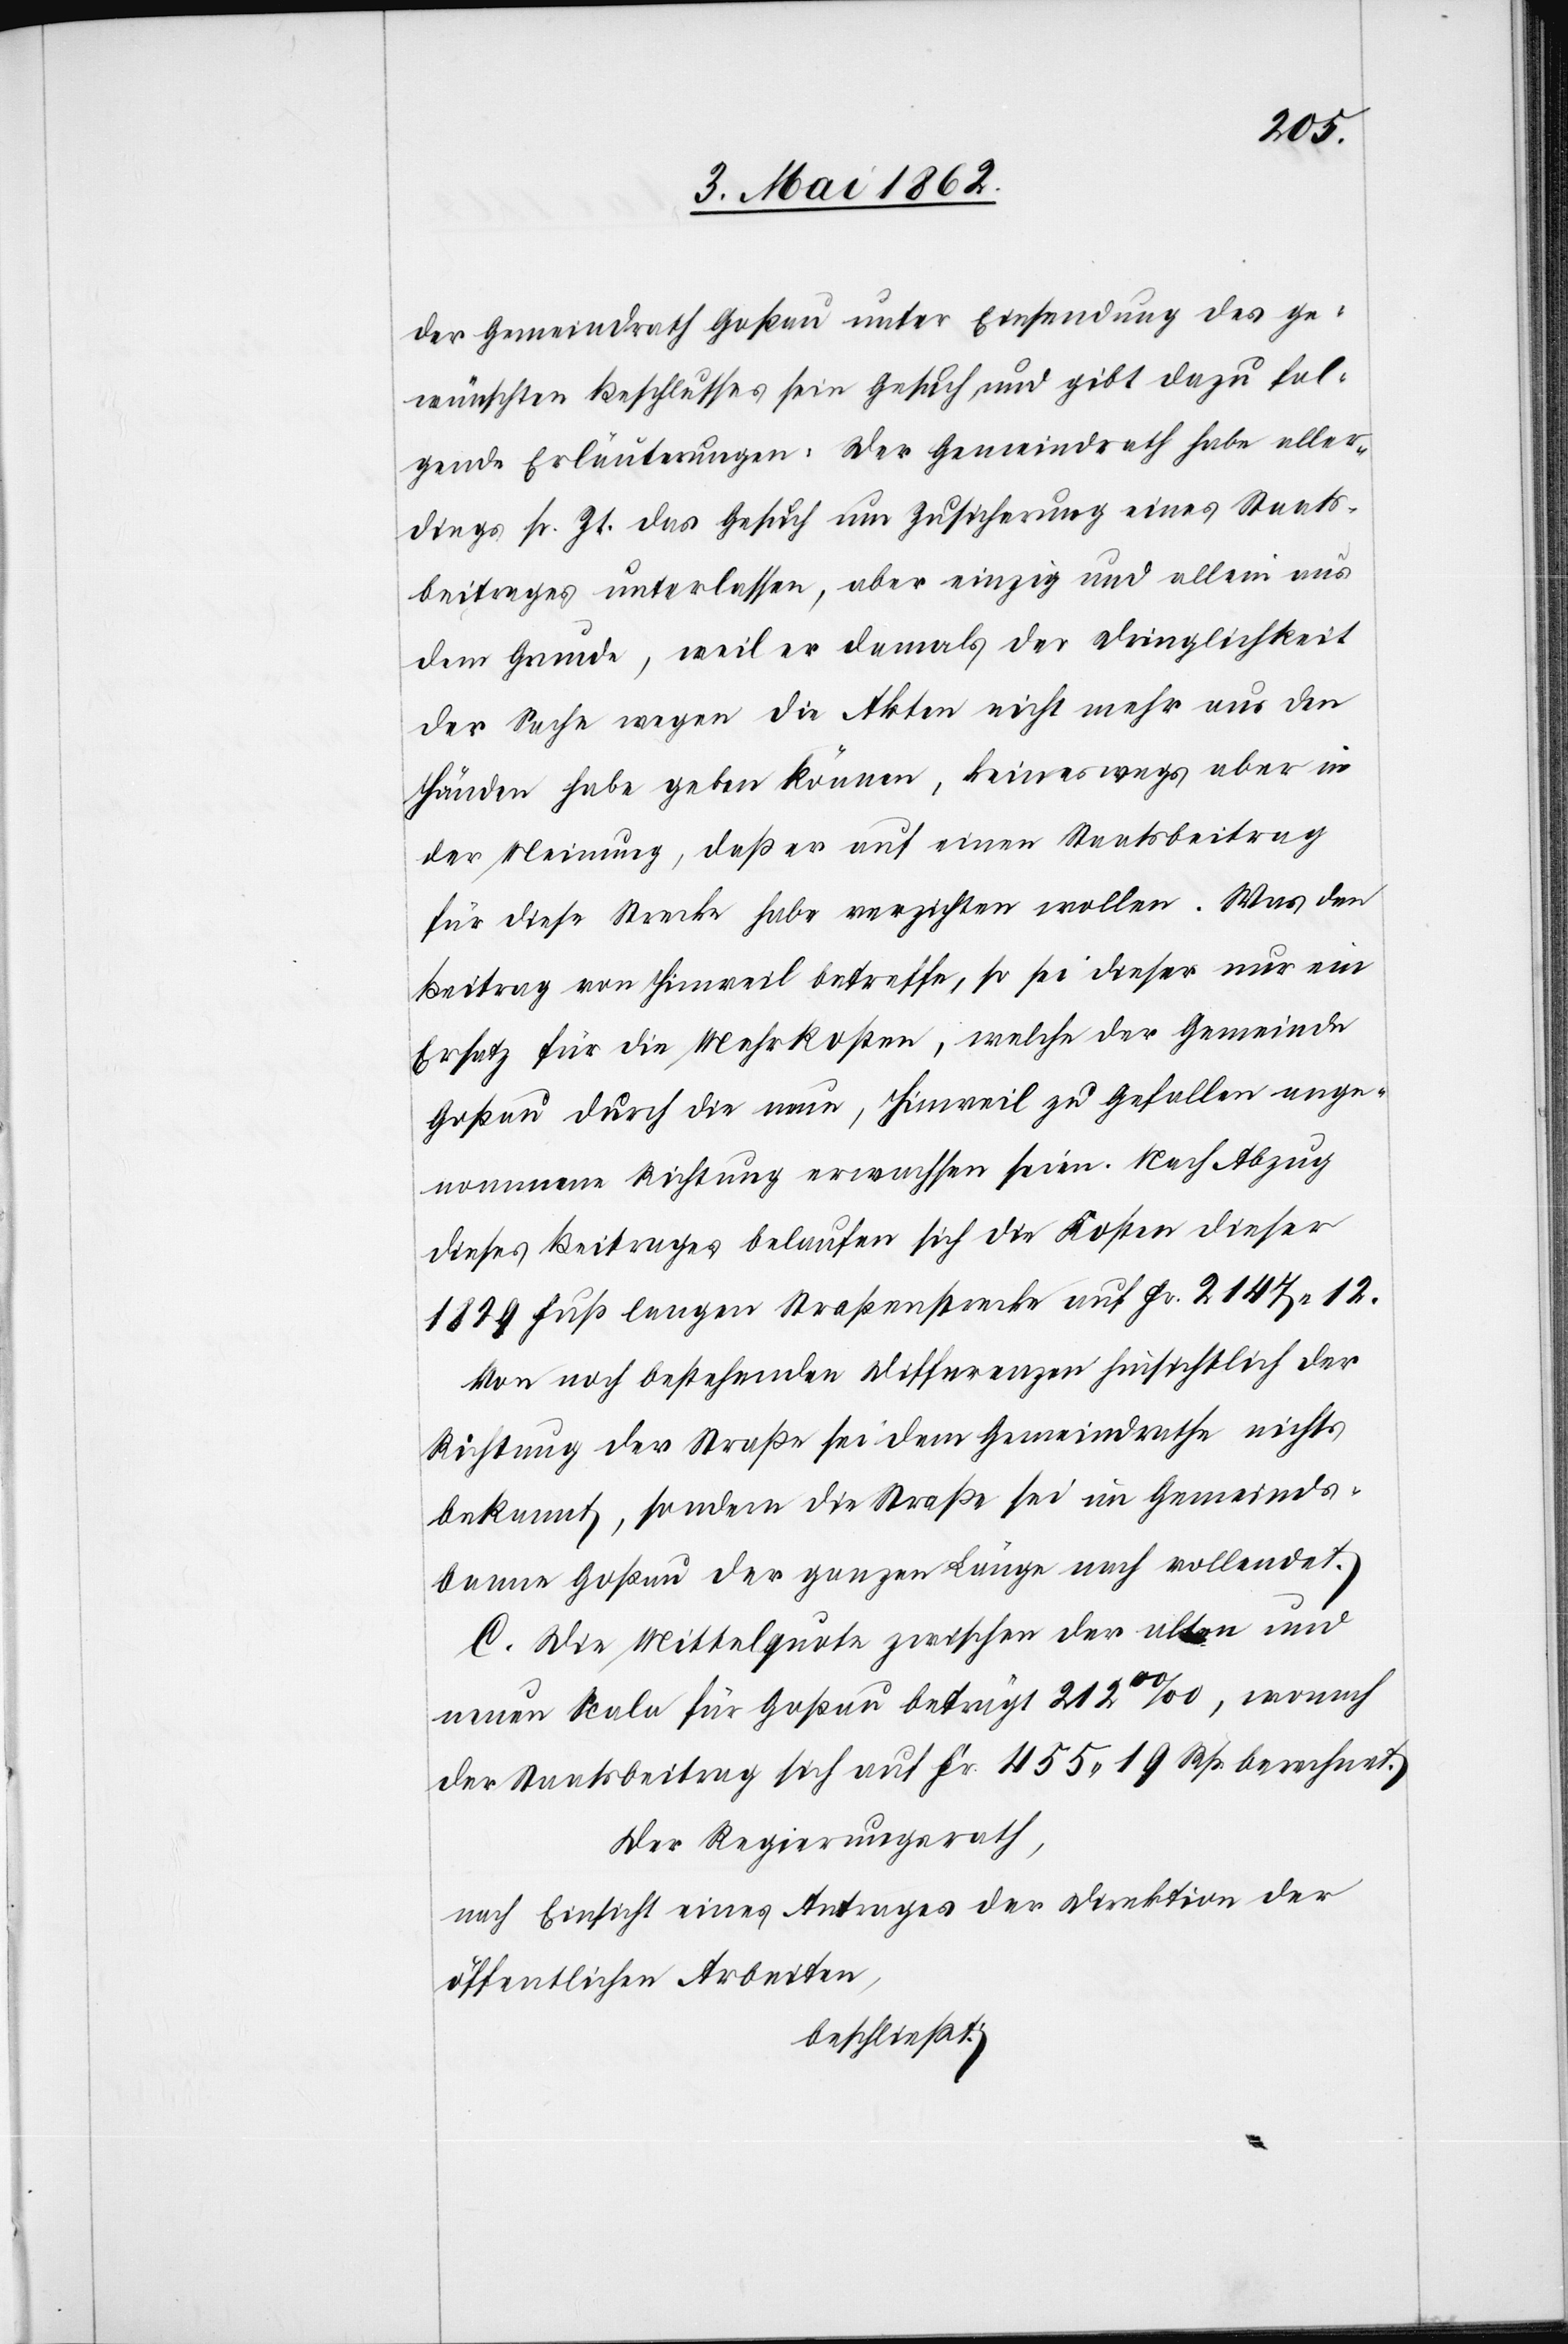
der Gemeindrath Goßau unter Einsendung des ge¬
wünschten Beschlusses sein Gesuch, und gibt dazu fol¬
gende Erläuterungen. Der Gemeindrath habe aller¬
dings sr. Zt. das Gesuch um Zusicherung eines Staats¬
beitrages unterlassen, aber einzig und allein aus
dem Grunde, weil er damals der Dringlichkeit
der Sache wegen die Akten nicht mehr aus den
Händen habe geben können, keineswegs aber in
der Meinung, daß er auf einen Staatsbeitrag
für diese Strecke habe verzichten wollen. Was den
Beitrag von Hinweil betreffe, so sei dieser nur ein
Ersatz für die Mehrkosten, welche der Gemeinde
Goßau durch die neue, Hinweil zu Gefallen ange¬
nommene Richtung erwachsen seien. Nach Abzug
dieses Beitrages belaufen sich die Kosten dieser
1829 Fuß langen Straßenstrecke auf Fr. 2147, 12.
Von noch bestehenden Differenzen hinsichtlich der
Richtung der Straße sei dem Gemeindrathe nichts
bekannt, sondern die Straße sei im Gemeinds¬
banne Goßau der ganzen Länge nach vollendet.
C. Die Mittelquote zwischen der alten und
neuen Scala für Goßau beträgt 212oo/oo, wonach
der Staatsbeitrag sich auf Fr. 455 19 Rp. berechnet.
Der Regierungsrath,
nach Einsicht eines Antrages der Direktion der
öffentlichen Arbeiten,
beschließt: